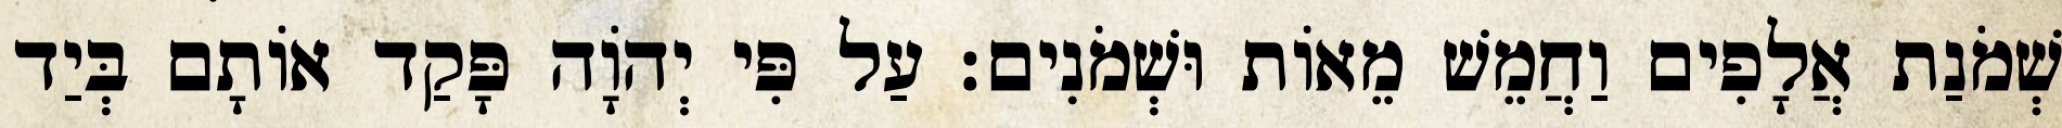
שְׁמֹנַת אֲלָפִים וַחֲמֵשׁ מֵאוֹת וּשְׁמֹנִים׃ עַל פִּי יְהֹוָה פָּקַד אוֹתָם בְּיַד